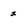
Character: 2